Report on vaccination in Madras 1877-1894 - 1877-1894
Year: 1877
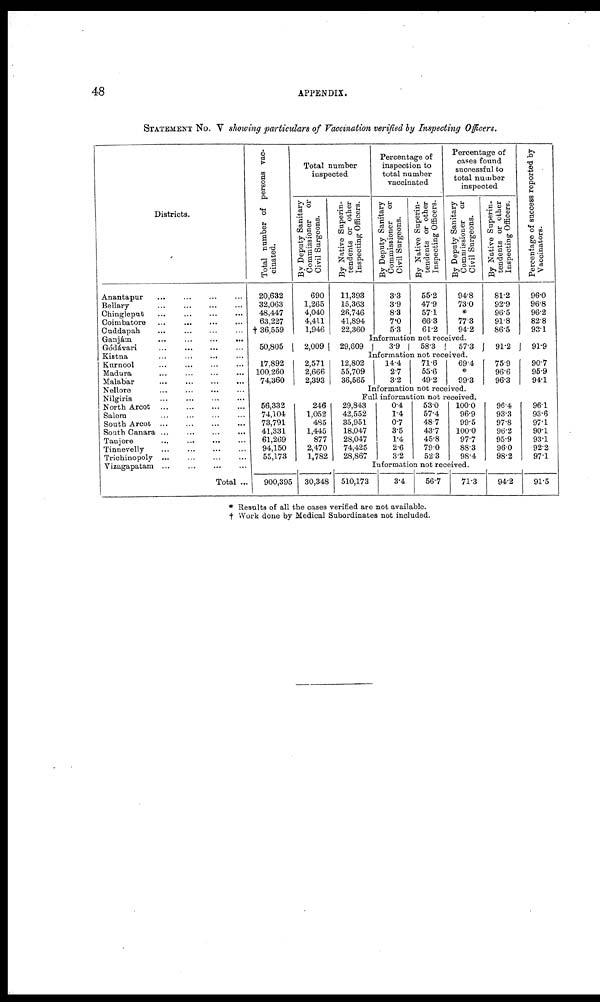
48
APPENDIX.
STATEMENT NO. V showing particulars of Vaccination verified by Inspecting Officers.
Districts.
Anantapur ... ... ... ...
Bellary
...
...
...
...
Chingleput
...
...
...
...
Coimbatore ... ... ... ...
Cuddapah
...
...
...
...
Ganjám
...
...
...
...
Gódávari
...
...
...
...
Kistna
...
...
...
...
Kurnool ... ... ... ...
Madura
...
...
...
...
Malabar
...
...
...
...
Nellore
...
...
...
...
Nilgiris
...
...
...
...
North Arcot
...
...
...
...
Salem ... ... ... ...
South Arcot
...
...
...
...
South Canara
...
...
...
...
Tanjore
...
...
...
...
Tinnevelly
...
...
...
...
Trichinopoly ... ... ... ...
Vizagapatam
...
...
...
...
Total ...
Total number of persons vac-
cinated.
20,632
32,063
48,447
63,227
† 36,559
Total number
inspected
By Deputy Sanitary
Commissioner or
Civil Surgeons.
690
1,265
4,040
4,411
1,946
By Native Superin-
tendents or other
Inspecting Officers.
11,393
15,363
26,746
41,894
22,360
Percentage of
inspection to
total number
vaccinated
By Deputy Sanitary
Commissioner or
Civil Surgeons.
3.3
39
8.3
7.0
5.3
By Native Superin-
tendents or other
Inspecting Officers.
55.2
47.9
57.1
66.3
61.2
Percentage of
cases found
successful to
total number
inspected
By Deputy Sanitary
Commissioner or
Civil Surgeons.
94.8
73.0
*
77.3
94.2
By Native Superin-
tendents or other
Inspecting Officers.
81.2
92.9
96.5
91.8
86.5
Percentage of success reported by
Vaccinators.
96.0
96.8
96.2
82.8
93.1
Information not received.
50,805
2,009
29,609
3.9
58.3
57.3
91.2
91.9
Information not received.
17,892
100,260
74,360
2,571
2,666
2,393
12,802
55,709
36,565
14.4
2.7
32
71.6
55.6
49.2
69.4
*
99.3
75.9
96.6
96.3
90.7
95.9
94.1
Information not received.
Full information not received.
56,332
74,104
73,791
41,331
61,269
94,150
55,173
246
1,052
485
1,445
877
2,470
1,782
29,843
42,552
35,951
18,047
28,047
74,425
28,867
0.4
1.4
0.7
3.5
1.4
2.6
3.2
53.0
57.4
48.7
43.7
45.8
79.0
52.3
100.0
96.9
99.5
100.0
97.7
88.3
98.4
96.4
93.3
97.8
96.2
95.9
96.0
98.2
96.1
93.6
97.1
90.1
93.1
92.2
97.1
Information not received.
900,395 30,348 510,173
3.4
56.7
71.3
94.2
91.5
* Results of all the cases verified are not available.
† Work done by Medical Subordinates not included.